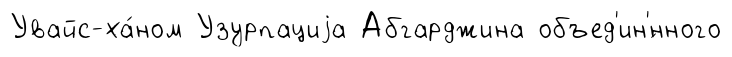
Увайс-ха́ном Узурпациjа Абгарджина объед'ин'́нного